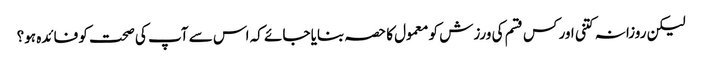
لیکن روزانہ کتنی اور کس قسم کی ورزش کو معمول کا حصہ بنایا جائے کہ اس سے آپ کی صحت کو فائدہ ہو؟